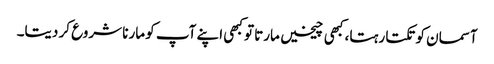
آسمان کو تکتا رہتا، کبھی چیخیں مارتا تو کبھی اپنے آپ کو مارنا شروع کر دیتا۔